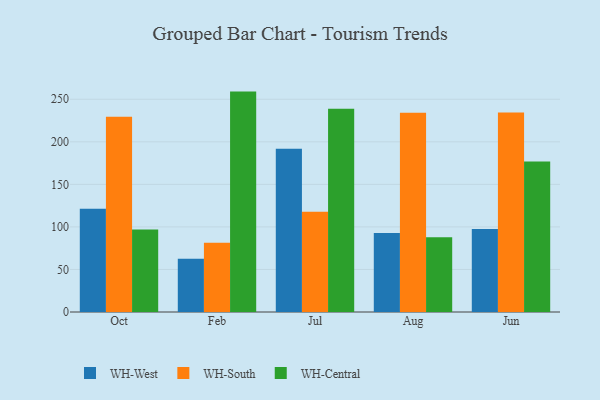
{"axis": {"x": "Month", "y": "Bounce Rate (%)"}, "legend": ["WH-Central", "WH-South", "WH-West"], "data": [{"x": "Oct", "y": 121.2, "type": "WH-West"}, {"x": "Oct", "y": 229.4, "type": "WH-South"}, {"x": "Oct", "y": 97.0, "type": "WH-Central"}, {"x": "Feb", "y": 62.5, "type": "WH-West"}, {"x": "Feb", "y": 81.3, "type": "WH-South"}, {"x": "Feb", "y": 259.0, "type": "WH-Central"}, {"x": "Jul", "y": 191.7, "type": "WH-West"}, {"x": "Jul", "y": 117.7, "type": "WH-South"}, {"x": "Jul", "y": 238.9, "type": "WH-Central"}, {"x": "Aug", "y": 92.7, "type": "WH-West"}, {"x": "Aug", "y": 234.2, "type": "WH-South"}, {"x": "Aug", "y": 87.9, "type": "WH-Central"}, {"x": "Jun", "y": 97.5, "type": "WH-West"}, {"x": "Jun", "y": 234.5, "type": "WH-South"}, {"x": "Jun", "y": 176.8, "type": "WH-Central"}]}